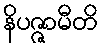
နိပဇ္ဇာမီတိ